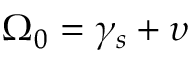
\Omega _ { 0 } = \gamma _ { s } + \upsilon